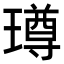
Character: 𭹼